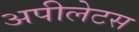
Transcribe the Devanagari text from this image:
अपीलेटस